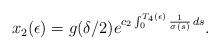
LaTeX: \begin{align*} x_2(\epsilon)= g(\delta/2)e^{c_2\int_0^{T_4(\epsilon)} \frac{1}{\sigma(s)}\,ds}.\end{align*}